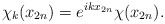
\begin{align*} \chi_k(x_{2n})=e^{ikx_{2n}}\chi(x_{2n}).\end{align*}